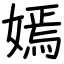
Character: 嫣